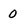
Character: 0